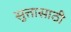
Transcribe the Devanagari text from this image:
सुत्तासाठी